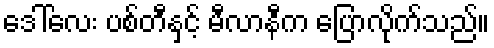
ဒေါ်လေး ပစ်တီနှင့် မီလာနီက ပြောလိုက်သည်။